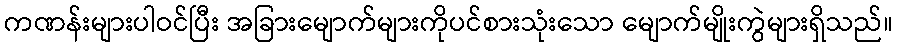
ကဏန်းများပါဝင်ပြီး အခြားမျောက်များကိုပင်စားသုံးသော မျောက်မျိုးကွဲများရှိသည်။